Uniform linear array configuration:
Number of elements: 16
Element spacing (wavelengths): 0.5
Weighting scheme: uniform
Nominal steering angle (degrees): -60
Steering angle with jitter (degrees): -58.961
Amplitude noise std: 0.05
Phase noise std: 0.05

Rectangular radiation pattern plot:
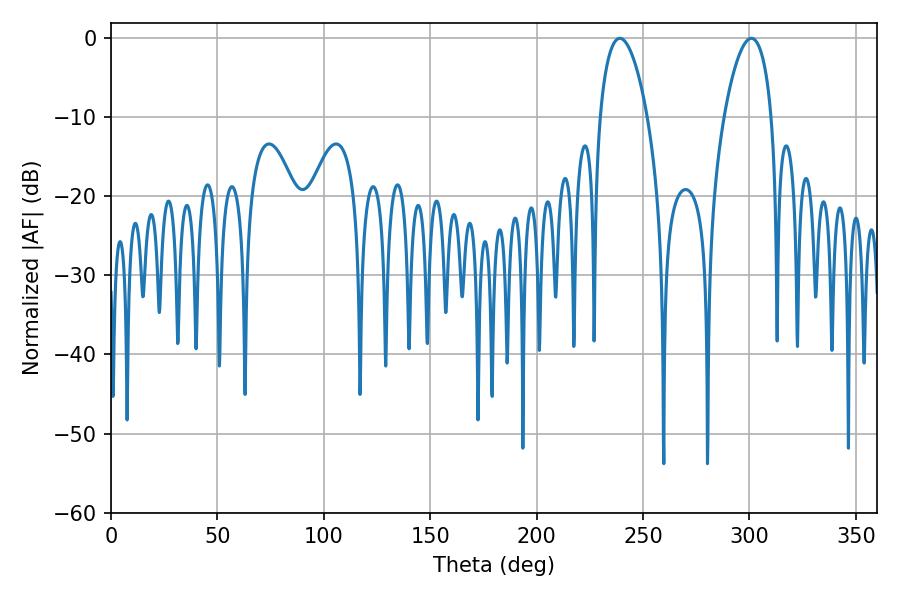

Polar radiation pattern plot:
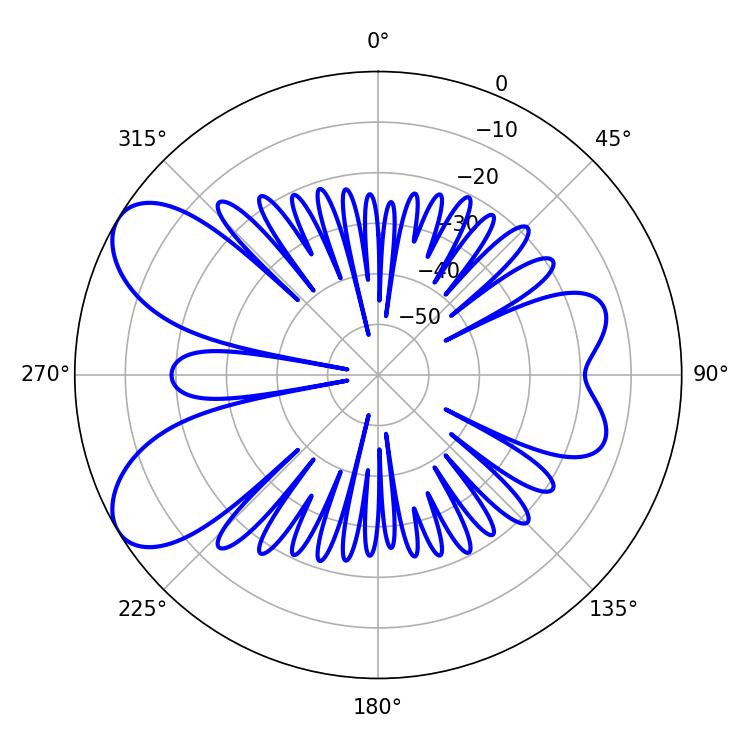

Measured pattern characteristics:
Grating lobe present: FALSE
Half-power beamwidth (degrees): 12.42
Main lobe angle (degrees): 239.04